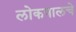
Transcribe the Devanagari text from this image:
लोकपालचे